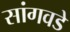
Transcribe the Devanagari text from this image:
सांगवडे